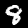
Label: 8